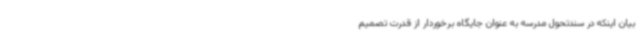
بیان اینکه در سندتحول مدرسه به عنوان جایگاه برخوردار از قدرت تصمیم